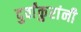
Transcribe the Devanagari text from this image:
दुर्वांकुरांनी